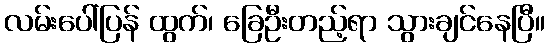
လမ်းပေါ်ပြန် ထွက်၊ ခြေဦးတည့်ရာ သွားချင်နေပြီ။